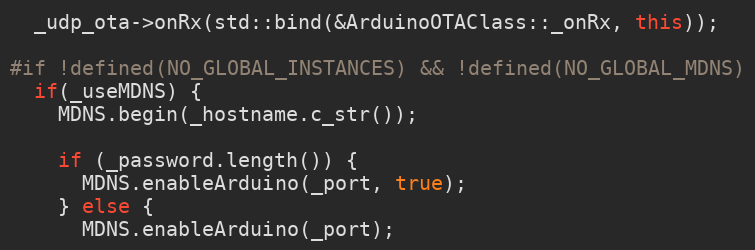
Language: C++
  _udp_ota->onRx(std::bind(&ArduinoOTAClass::_onRx, this));

#if !defined(NO_GLOBAL_INSTANCES) && !defined(NO_GLOBAL_MDNS)
  if(_useMDNS) {
    MDNS.begin(_hostname.c_str());

    if (_password.length()) {
      MDNS.enableArduino(_port, true);
    } else {
      MDNS.enableArduino(_port);